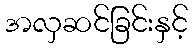
အလှဆင်ခြင်းနှင့်